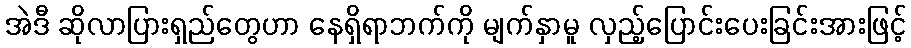
အဲဒီ ဆိုလာပြားရှည်တွေဟာ နေရှိရာဘက်ကို မျက်နှာမူ လှည့်ပြောင်းပေးခြင်းအားဖြင့်